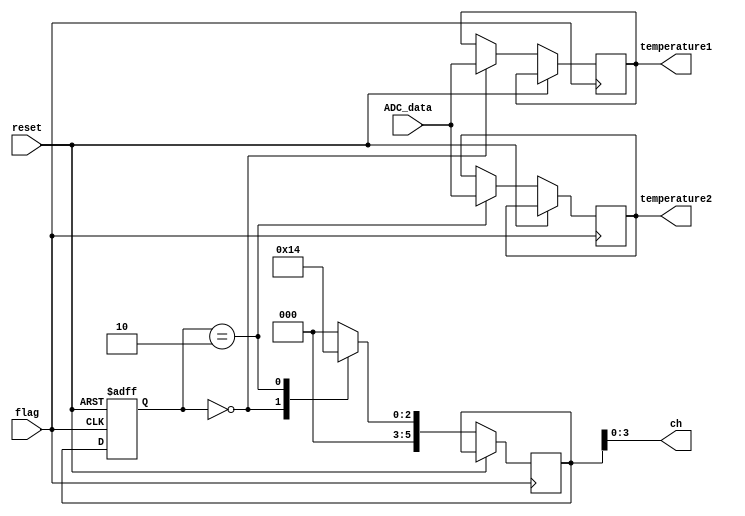
module jh_controller
(
	input							reset,
	input				[15:0] 	ADC_data,
	input 						flag,
	output			[3:0]		ch,	
	output 	reg	[15:0]	temperature1,
	output	reg	[15:0]	temperature2
);

localparam 	R_temp1 = 4'd0, R_temp2 = 4'd2, R_foot	= 4'd4;				
				
reg [5:0] current_ch, next_ch;		

always @ (negedge flag or posedge reset)		//state change when the flag is changed
begin
	if (reset) 
		begin
		current_ch <= R_temp1;
		end
	else 
		begin
		current_ch <= next_ch;
		
		case(current_ch)
			R_temp1:
				begin
					temperature1 <= ADC_data;	
					next_ch <= R_temp2;
				end
			R_temp2:
				begin
					temperature2 <= ADC_data;
					next_ch <= R_foot;
				end
			R_foot:
				begin
					next_ch <= R_temp1;		
				end
			default: next_ch = R_temp1;
		endcase

	end
end


assign ch = next_ch;
endmodule